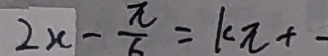
2 x - \frac { \pi } { 6 } = k \pi + -